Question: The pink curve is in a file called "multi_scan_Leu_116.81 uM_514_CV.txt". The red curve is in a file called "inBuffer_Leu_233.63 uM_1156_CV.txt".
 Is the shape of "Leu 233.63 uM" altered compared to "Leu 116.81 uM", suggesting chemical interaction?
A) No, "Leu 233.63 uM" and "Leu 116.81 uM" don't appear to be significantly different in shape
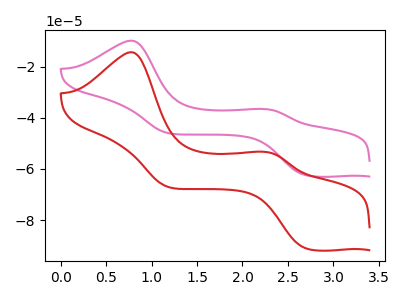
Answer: <think>The pink curve "Leu 116.81 uM" has anodic peaks at (0.75V, -9.85uA) (2.25V, -36.55uA) and cathodic peaks at (2.70V, -62.50uA) (1.20V, -46.00uA). The red curve "Leu 233.63 uM" has anodic peaks at (0.75V, -14.35uA) (2.25V, -53.30uA) and cathodic peaks at (2.70V, -91.10uA) (1.20V, -67.10uA).
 All the peaks in "Leu 233.63 uM" have a peak in "Leu 116.81 uM" at the same potential.</think>
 <answer>A) No, "Leu 233.63 uM" and "Leu 116.81 uM" don't appear to be significantly different in shape</answer>
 <eval>A</eval>